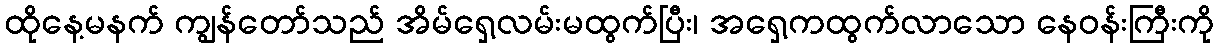
ထိုနေ့မနက် ကျွန်တော်သည် အိမ်ရှေ့လမ်းမထွက်ပြီး၊ အရှေ့ကထွက်လာသော နေဝန်းကြီးကို